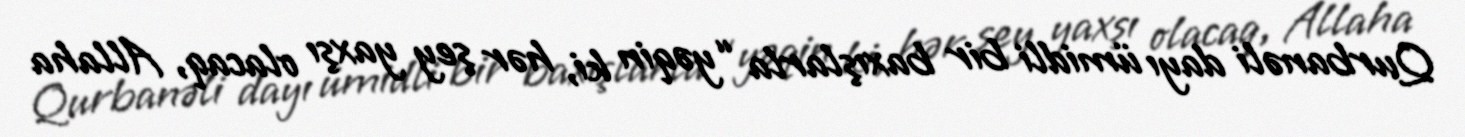
Qurbanəli dayı ümidli bir baxışlarla “yəqin ki, hər şey yaxşı olacaq, Allaha